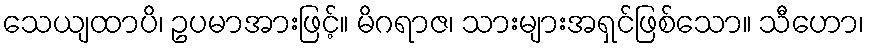
သေယျထာပိ၊ ဥပမာအားဖြင့်။ မိဂရာဇ၊ သားများအရှင်ဖြစ်သော။ သီဟော၊